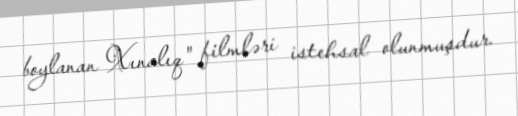
boylanan Xınalıq" filmləri istehsal olunmuşdur.